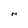
Character: N